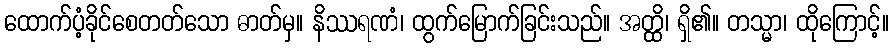
ထောက်ပံ့ခိုင်စေတတ်သော ဓာတ်မှ။ နိဿရဏံ၊ ထွက်မြောက်ခြင်းသည်။ အတ္ထိ၊ ရှိ၏။ တသ္မာ၊ ထိုကြောင့်။